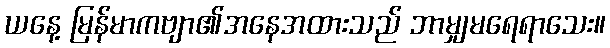
ယနေ့ မြန်မာကဗျာ၏အနေအထားသည် ဘာမျှမရေရာသေး။